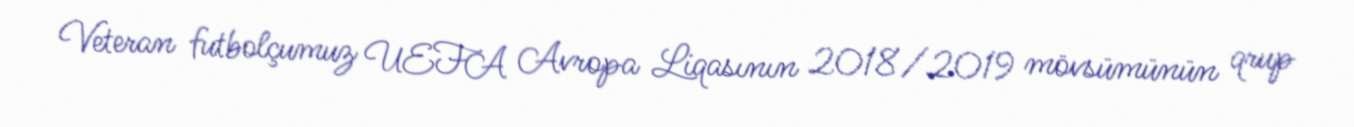
Veteran futbolçumuz UEFA Avropa Liqasının 2018/2019 mövsümünün qrup